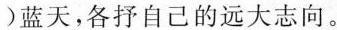
)蓝天，各抒自己的远大志向。